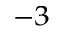
^ { - 3 }